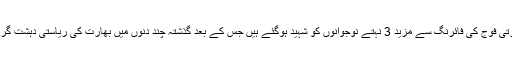
موصولہ اطلاعات کے مطابق مقبوضہ کشمیر میں قابض بھارتی فوج کی فائرنگ سے مزید 3 نہتے نوجوانوں کو شہید ہوگئے ہیں جس کے بعد گذشتہ چند دنوں میں بھارت کی ریاستی دہشت گردی سے شہید ہونے والے کشمیریوں کی تعداد 12 ہوگئی ہے۔